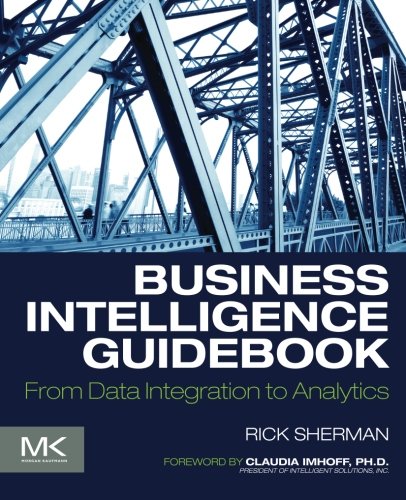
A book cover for Business Intelligence Guidebook: From Data Integration to Analytics; Rick Sherman; Computers & Technology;